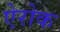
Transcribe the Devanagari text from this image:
ऐरोक